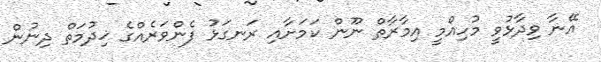
އޭނާ ވިދާޅުވީ މުހިއްމީ އިމާރާތް ނޫން ކަމަށާއި ރަނގަޅު ފެންވަރެއްގެ ޚިދުމަތް ދިނުން